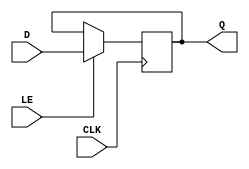
module D_latch (
    input D, // data input
    input LE, // latch enable signal
    input CLK, // clock signal
    output reg Q // output data
);

always @(posedge CLK) begin
    if (LE) begin
        Q <= D;
    end
end

endmodule